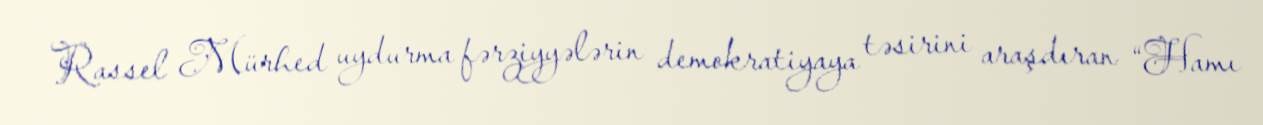
Rassel Mürhed uydurma fərziyyələrin demokratiyaya təsirini araşdıran “Hamı